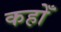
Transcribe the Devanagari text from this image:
कहोँ